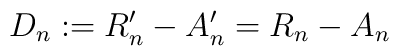
D_n := R_n' - A_n' = R_n - A_n